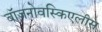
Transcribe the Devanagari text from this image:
वॉजनोवस्किएलीस